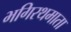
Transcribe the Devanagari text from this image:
भगिरथमाता